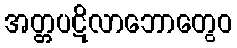
အတ္တပဋိလာဘောတွေဝ